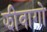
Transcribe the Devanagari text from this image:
झीवागो